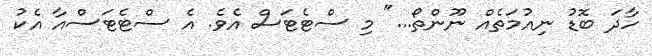
ހާދަ ބޮޑު ނިއުމަތެއް ނޫންތޯ..." މި ސްޓެޓަސް އެވެ. އެ ސްޓެޓަސްއާ އެކު